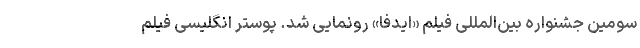
سومین جشنواره بین‌المللی فیلم «ایدفا» رونمایی شد. پوستر انگلیسی فیلم